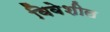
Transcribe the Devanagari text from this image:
विवेशील